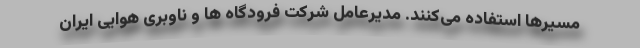
مسیرها استفاده می‌کنند. مدیرعامل شرکت فرودگاه ها و ناوبری هوایی ایران